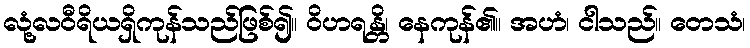
လုံ့လဝီရိယရှိကုန်သည်ဖြစ်၍။ ဝိဟရန္တိ၊ နေကုန်၏။ အဟံ၊ ငါသည်။ တေသံ၊